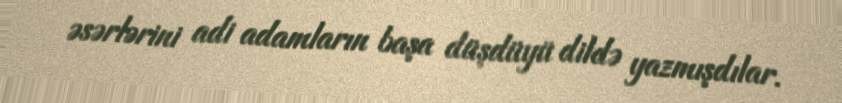
əsərlərini adi adamların başa düşdüyü dildə yazmışdılar.